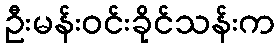
ဦးမန်းဝင်းခိုင်သန်းက